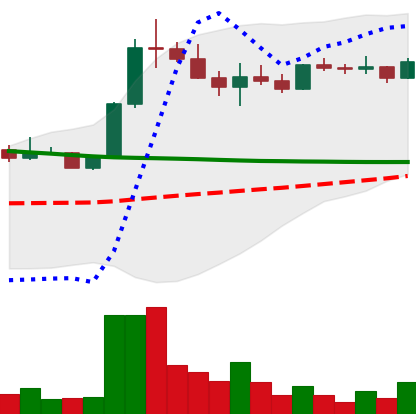
Ticker: ETC-USD
Chart end date: 2022-08-10
Forward return: 8.41%
Label: up_7plus